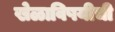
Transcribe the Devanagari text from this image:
खेळाविषयीची